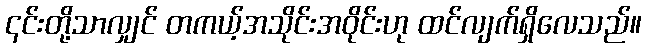
၎င်းတို့သာလျှင် တကယ့်အသိုင်းအဝိုင်းဟု ထင်လျက်ရှိလေသည်။